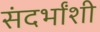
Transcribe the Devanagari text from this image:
संदर्भांशी